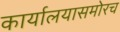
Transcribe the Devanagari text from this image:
कार्यालयासमोरच